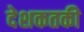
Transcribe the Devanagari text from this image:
देशकतकी